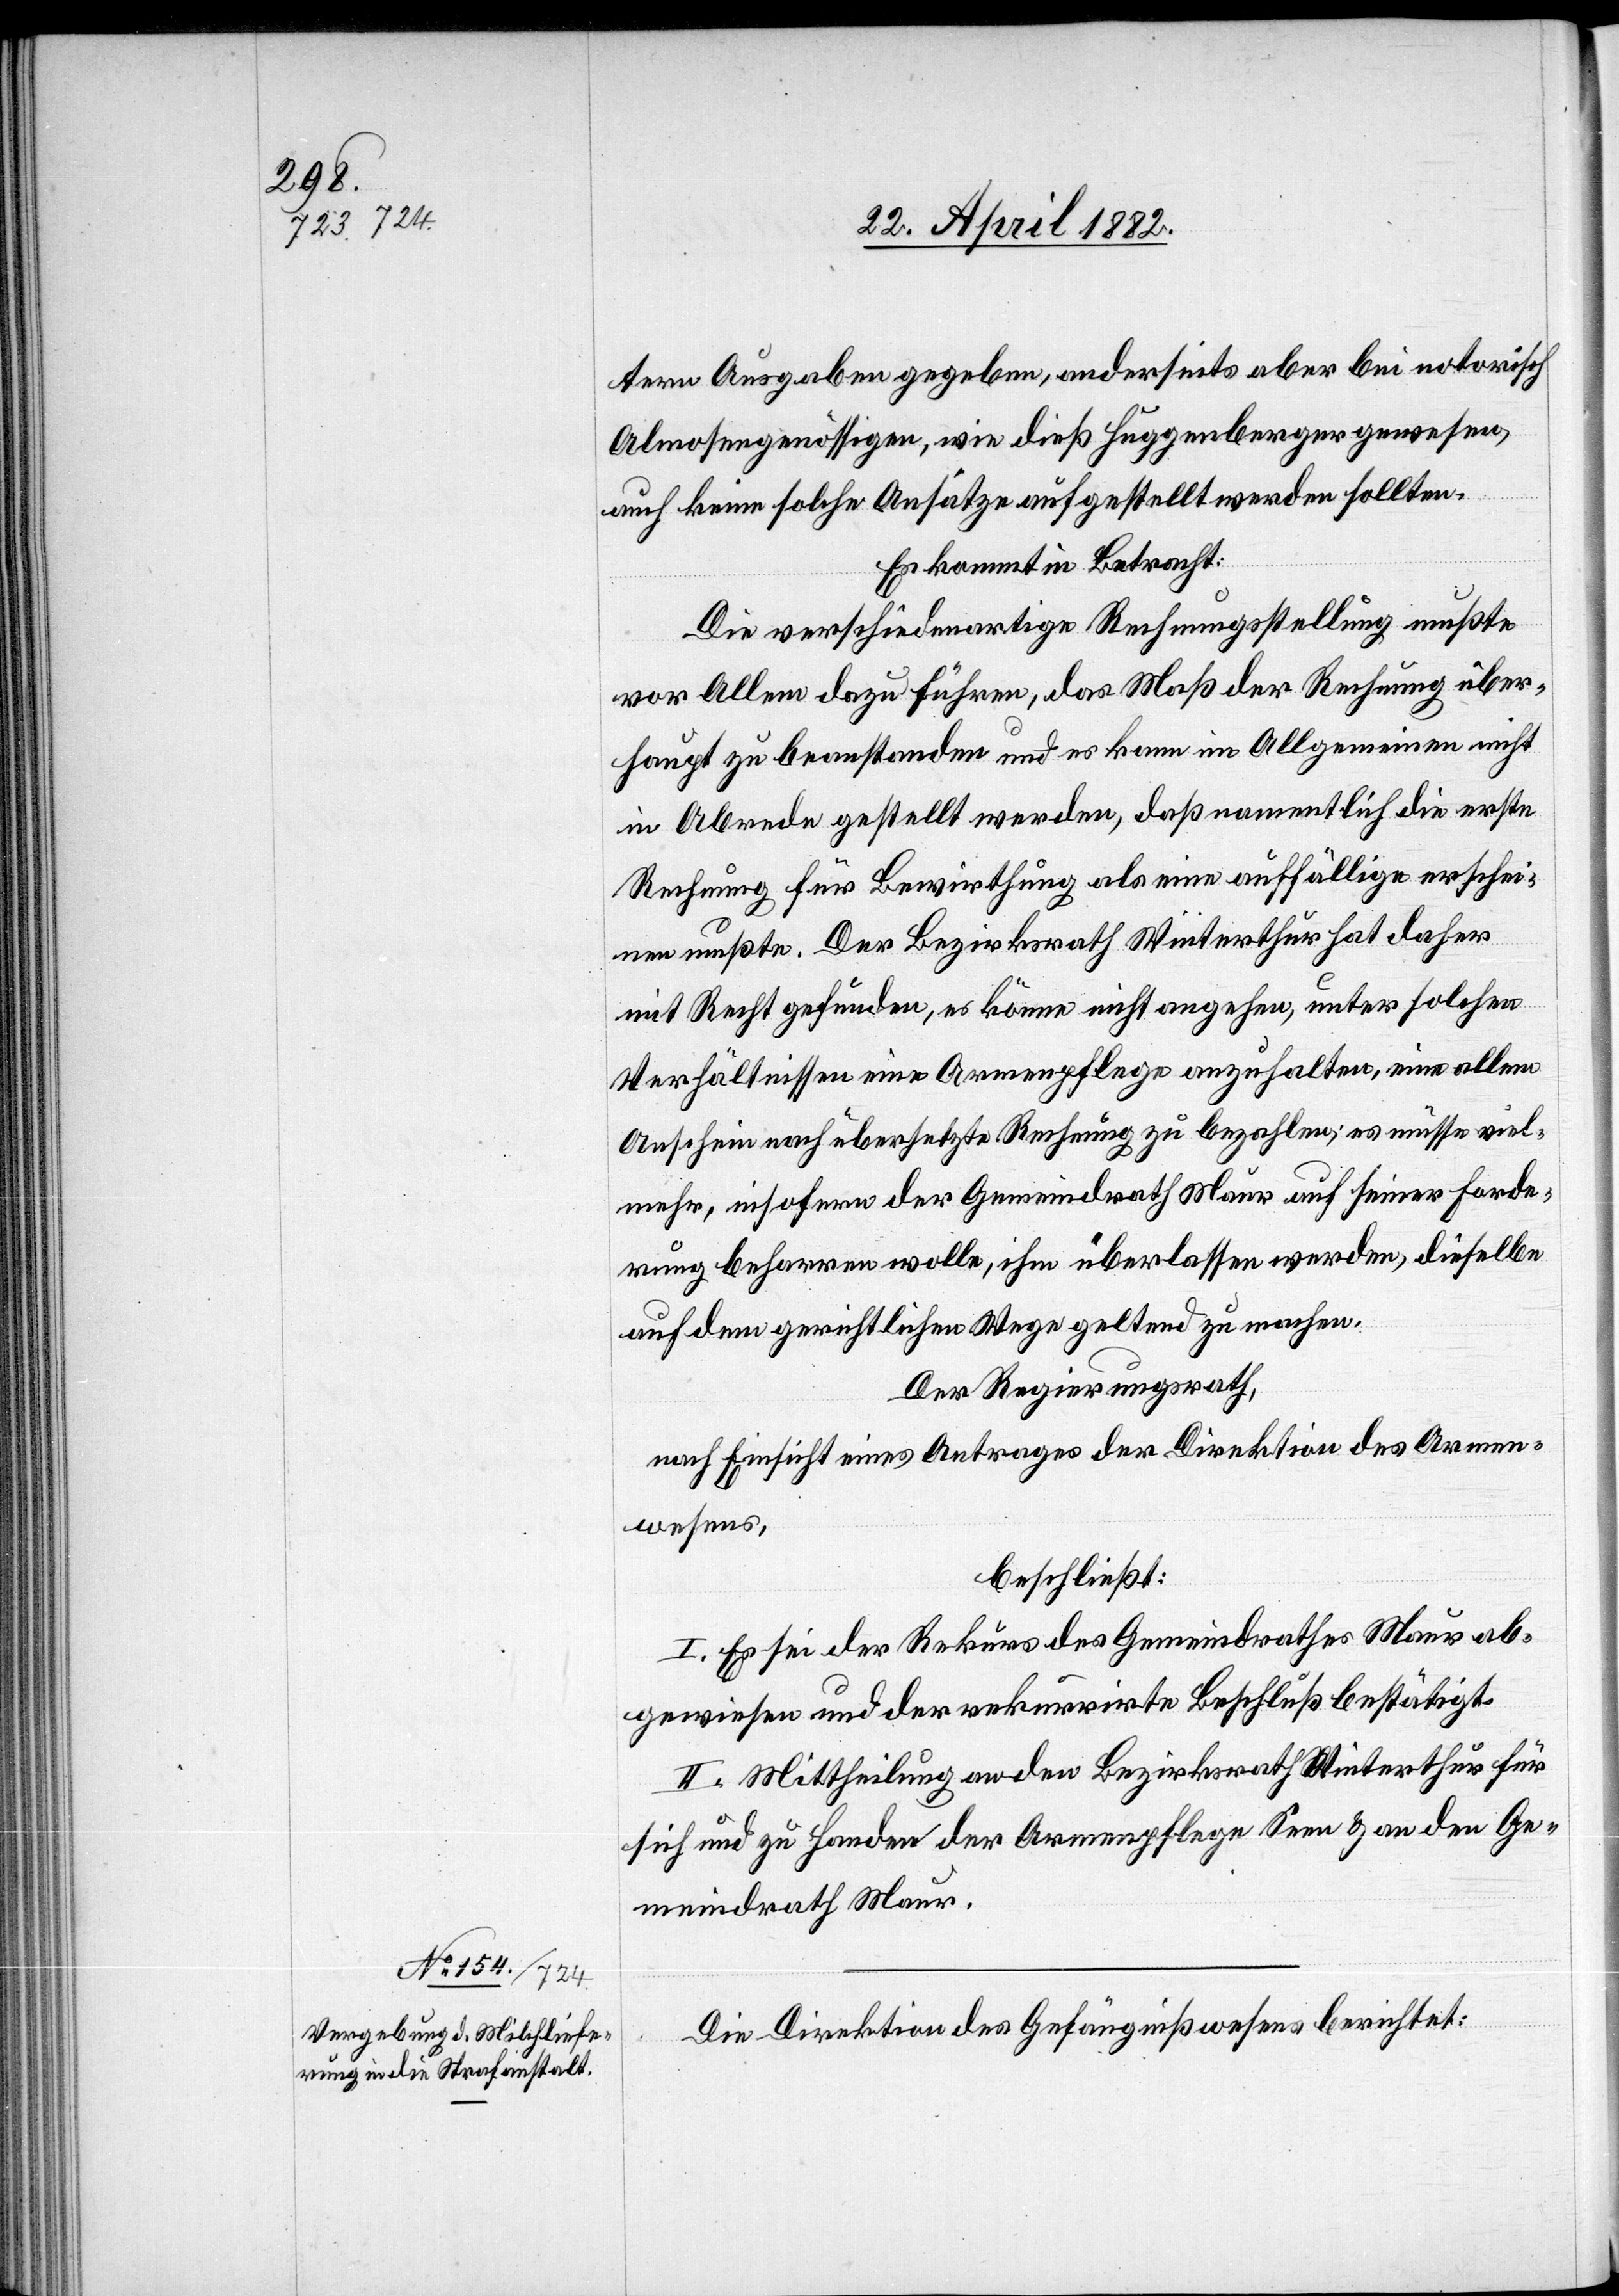
tern Ausgaben gegeben, anderseits aber bei notorisch
Almosengenössigen, wie dieß Huggenberger gewesen,
auch keine solche Ansätze aufgestellt werden sollten.
Es kommt in Betracht:
Die verschiedenartige Rechnungsstellung mußte
vor Allem dazu führen, das Maß der Rechnung über¬
haupt zu beanstanden und es kann im Allgemeinen nicht
in Abrede gestellt werden, daß namentlich die erste
Rechnung für Bewirthung als eine auffällige erschei¬
nen mußte. Der Bezirksrath Winterthur hat daher
mit Recht gefunden, es könne nicht angehen, unter solchen
Verhältnissen eine Armenpflege anzuhalten, eine allem
Anschein nach übersetzte Rechnung zu bezahlen; es müsse viel¬
mehr, insofern der Gemeindrath Maur auf seiner Forde¬
rung beharren wolle, ihm überlassen werden, dieselbe
auf dem gerichtlichen Wege geltend zu machen.
Der Regierungsrath,
nach Einsicht eines Antrages der Direktion des Armen¬
wesens,
beschließt:
I. Es sei der Rekurs des Gemeindrathes Maur ab¬
gewiesen und der rekurrirte Beschluß bestätigt.
II. Mittheilung an den Bezirksrath Winterthur für
sich und zu Handen der Armenpflege Seen & an den Ge¬
meindrath Maur.
Die Direktion des Gefängnißwesens berichtet: